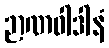
ဉာဏဝါဒါနံ